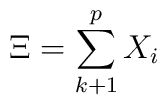
\Xi = \sum_{k+1}^p X_i